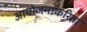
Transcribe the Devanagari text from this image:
आयोजनाकरिता